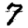
Digit: 7